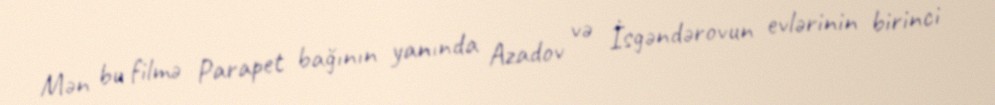
Mən bu filmə Parapet bağının yanında Azadov və İsgəndərovun evlərinin birinci